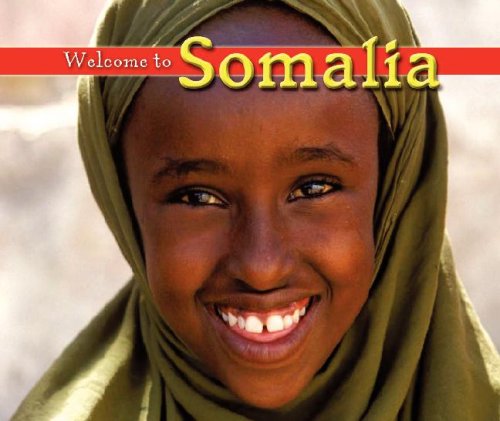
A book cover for Welcome to Somalia (Welcome to the World); Elma Schemenauer; Travel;